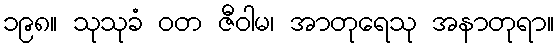
၁၉၈။ သုသုခံ ဝတ ဇီဝါမ၊ အာတုရေသု အနာတုရာ။